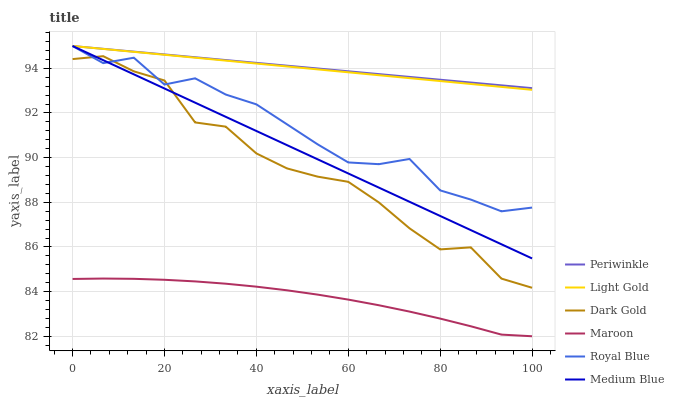
| xaxis_label | Periwinkle | Light Gold | Dark Gold | Maroon | Royal Blue | Medium Blue |
 | --- | --- | --- | --- | --- | --- | --- |
 | 0 | 95 | 95 | 94.4 | 84.6 | 95 | 95 |
 | 6.67 | 94.9 | 94.9 | 94.5 | 84.6 | 94.2 | 94.4 |
 | 13.3 | 94.7 | 94.7 | 93.9 | 84.6 | 94.5 | 93.7 |
 | 20 | 94.6 | 94.6 | 93.5 | 84.5 | 93.3 | 93.1 |
 | 26.7 | 94.5 | 94.5 | 91.6 | 84.5 | 93.6 | 92.5 |
 | 33.3 | 94.4 | 94.3 | 91.4 | 84.4 | 92.8 | 91.8 |
 | 40 | 94.2 | 94.2 | 90.2 | 84.2 | 92.4 | 91.2 |
 | 46.7 | 94.1 | 94.1 | 89.5 | 84.1 | 91.5 | 90.6 |
 | 53.3 | 94 | 94 | 89.1 | 83.9 | 90.6 | 89.9 |
 | 60 | 93.9 | 93.8 | 88.9 | 83.6 | 89.8 | 89.3 |
 | 66.7 | 93.7 | 93.7 | 88 | 83.4 | 89.7 | 88.7 |
 | 73.3 | 93.6 | 93.6 | 86.8 | 83.1 | 89.9 | 88 |
 | 80 | 93.5 | 93.4 | 85.9 | 82.8 | 88.5 | 87.4 |
 | 86.7 | 93.4 | 93.3 | 86 | 82.4 | 88.1 | 86.8 |
 | 93.3 | 93.2 | 93.2 | 84.6 | 82.1 | 87.6 | 86.1 |
 | 100 | 93.1 | 93 | 84.2 | 82 | 87.8 | 85.5 |